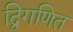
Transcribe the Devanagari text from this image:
द्विगणित